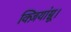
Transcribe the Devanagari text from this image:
क्ज़ियांग्नू।